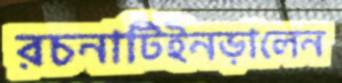
রচনাটিইনড়ালেন